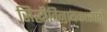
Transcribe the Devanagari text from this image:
सिद्धीविनायकासाठी